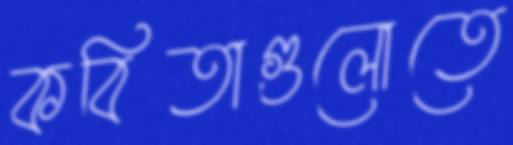
কবিতাগুলোতে